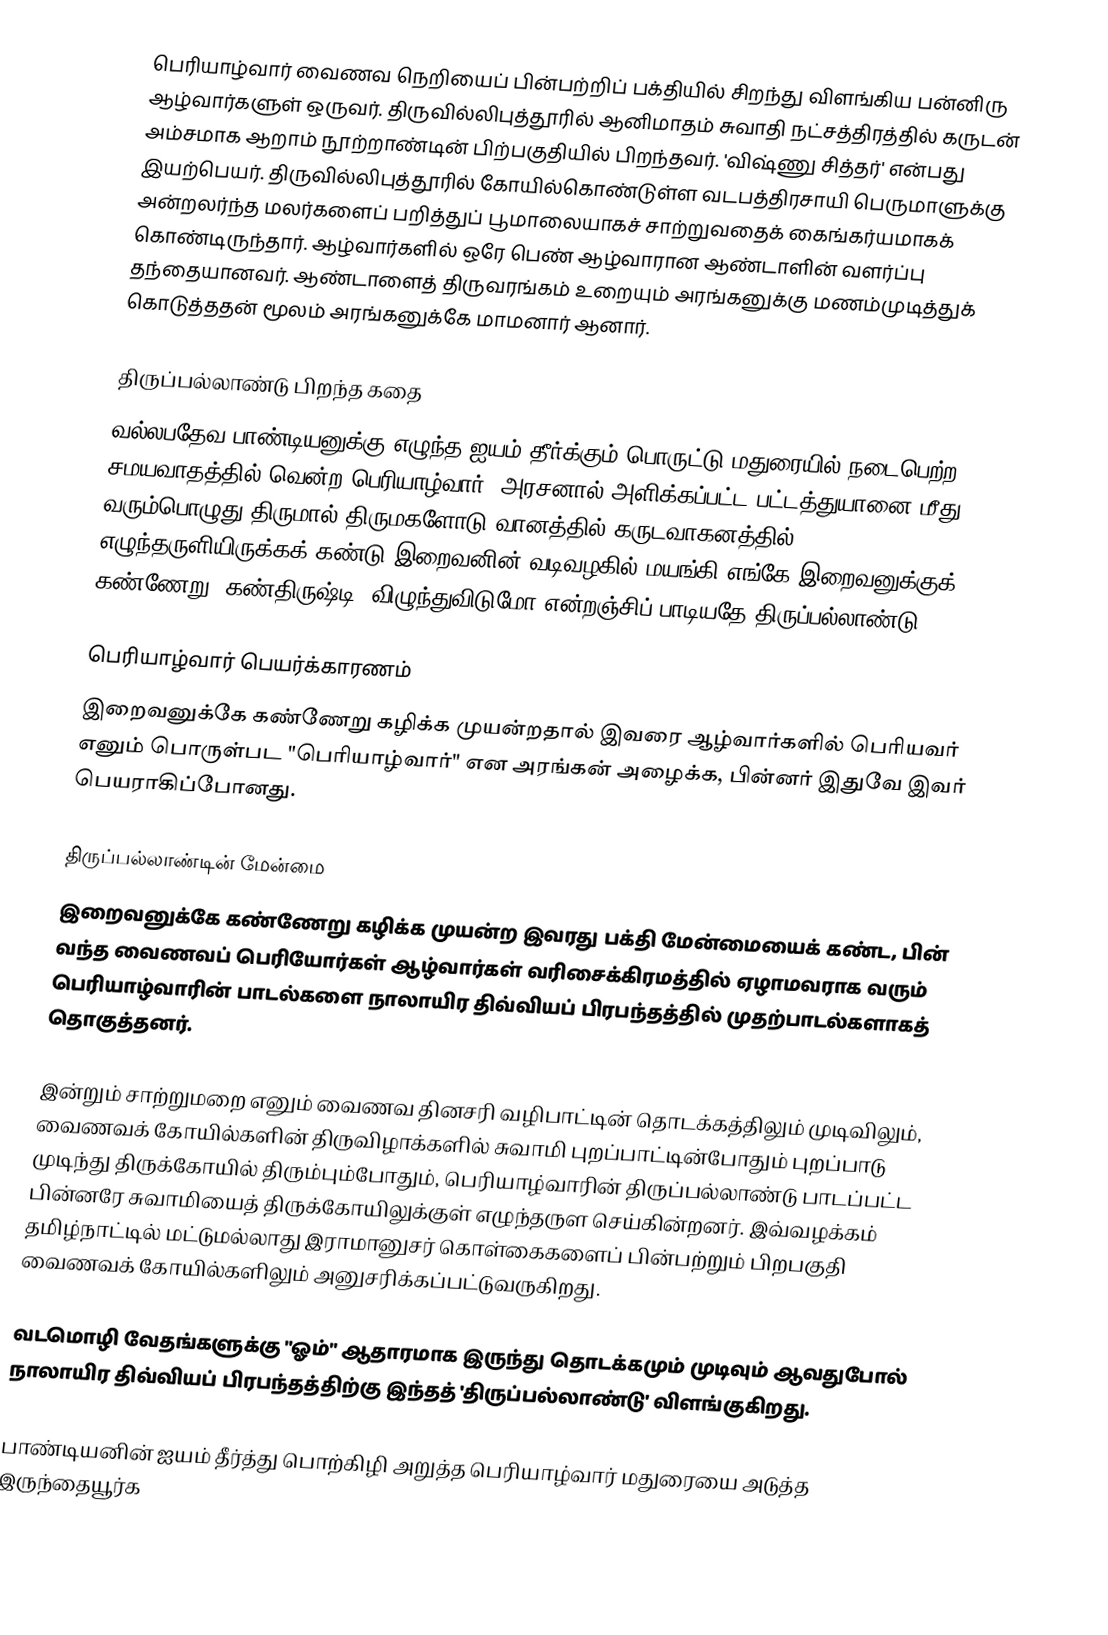
பெரியாழ்வார் வைணவ  நெறியைப் பின்பற்றிப் பக்தியில் சிறந்து விளங்கிய பன்னிரு ஆழ்வார்களுள் ஒருவர். திருவில்லிபுத்தூரில் ஆனிமாதம் சுவாதி நட்சத்திரத்தில் கருடன் அம்சமாக ஆறாம் நூற்றாண்டின் பிற்பகுதியில் பிறந்தவர். 'விஷ்ணு சித்தர்' என்பது இயற்பெயர். திருவில்லிபுத்தூரில் கோயில்கொண்டுள்ள வடபத்திரசாயி பெருமாளுக்கு அன்றலர்ந்த மலர்களைப் பறித்துப் பூமாலையாகச் சாற்றுவதைக் கைங்கர்யமாகக் கொண்டிருந்தார். ஆழ்வார்களில் ஒரே பெண் ஆழ்வாரான ஆண்டாளின் வளர்ப்பு தந்தையானவர். ஆண்டாளைத் திருவரங்கம் உறையும் அரங்கனுக்கு மணம்முடித்துக் கொடுத்ததன் மூலம் அரங்கனுக்கே மாமனார் ஆனார்.

திருப்பல்லாண்டு பிறந்த கதை
வல்லபதேவ பாண்டியனுக்கு எழுந்த ஐயம் தீர்க்கும் பொருட்டு மதுரையில் நடைபெற்ற சமயவாதத்தில் வென்ற பெரியாழ்வார், அரசனால் அளிக்கப்பட்ட பட்டத்துயானை மீது வரும்பொழுது திருமால் திருமகளோடு வானத்தில் கருடவாகனத்தில் எழுந்தருளியிருக்கக் கண்டு இறைவனின் வடிவழகில் மயங்கி எங்கே இறைவனுக்குக் கண்ணேறு (கண்திருஷ்டி) விழுந்துவிடுமோ என்றஞ்சிப் பாடியதே திருப்பல்லாண்டு.

பெரியாழ்வார் பெயர்க்காரணம்
இறைவனுக்கே கண்ணேறு கழிக்க முயன்றதால் இவரை ஆழ்வார்களில் பெரியவர் எனும் பொருள்பட "பெரியாழ்வார்" என அரங்கன் அழைக்க, பின்னர் இதுவே இவர் பெயராகிப்போனது.

திருப்பல்லாண்டின் மேன்மை
இறைவனுக்கே கண்ணேறு கழிக்க முயன்ற இவரது பக்தி மேன்மையைக் கண்ட, பின் வந்த வைணவப் பெரியோர்கள் ஆழ்வார்கள் வரிசைக்கிரமத்தில் ஏழாமவராக வரும் பெரியாழ்வாரின் பாடல்களை நாலாயிர திவ்வியப் பிரபந்தத்தில் முதற்பாடல்களாகத் தொகுத்தனர்.

இன்றும் சாற்றுமறை எனும் வைணவ தினசரி வழிபாட்டின் தொடக்கத்திலும் முடிவிலும், வைணவக் கோயில்களின் திருவிழாக்களில் சுவாமி புறப்பாட்டின்போதும் புறப்பாடு முடிந்து திருக்கோயில் திரும்பும்போதும், பெரியாழ்வாரின் திருப்பல்லாண்டு பாடப்பட்ட பின்னரே சுவாமியைத் திருக்கோயிலுக்குள் எழுந்தருள செய்கின்றனர். இவ்வழக்கம் தமிழ்நாட்டில் மட்டுமல்லாது இராமானுசர் கொள்கைகளைப் பின்பற்றும் பிறபகுதி வைணவக் கோயில்களிலும் அனுசரிக்கப்பட்டுவருகிறது.

வடமொழி வேதங்களுக்கு "ஓம்" ஆதாரமாக இருந்து தொடக்கமும் முடிவும் ஆவதுபோல் நாலாயிர திவ்வியப் பிரபந்தத்திற்கு இந்தத் 'திருப்பல்லாண்டு' விளங்குகிறது.

பாண்டியனின் ஐயம் தீர்த்து பொற்கிழி அறுத்த பெரியாழ்வார் மதுரையை அடுத்த இருந்தையூர்க